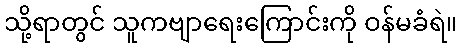
သို့ရာတွင် သူကဗျာရေးကြောင်းကို ဝန်မခံရဲ။